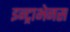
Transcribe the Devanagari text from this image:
इन्ट्राभेनस